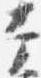
幸